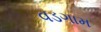
વડગામ